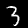
Digit: 3